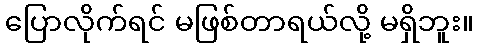
ပြောလိုက်ရင် မဖြစ်တာရယ်လို့ မရှိဘူး။